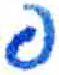
אות: פ